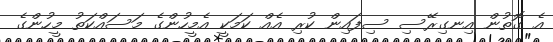
އެ ގޮތުން އިނގިރޭސި ސިފައިން ކުރި އެއް ކަމަކީ އެމީހުންގެ މަސައްކަތު މީހުންގެ